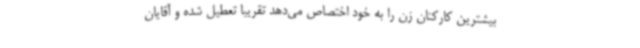
بیشترین کارکنان زن را به خود اختصاص می‌دهد تقریباً تعطیل شده و آقایان